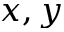
x , y